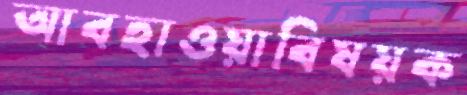
আবহাওয়াবিষয়ক